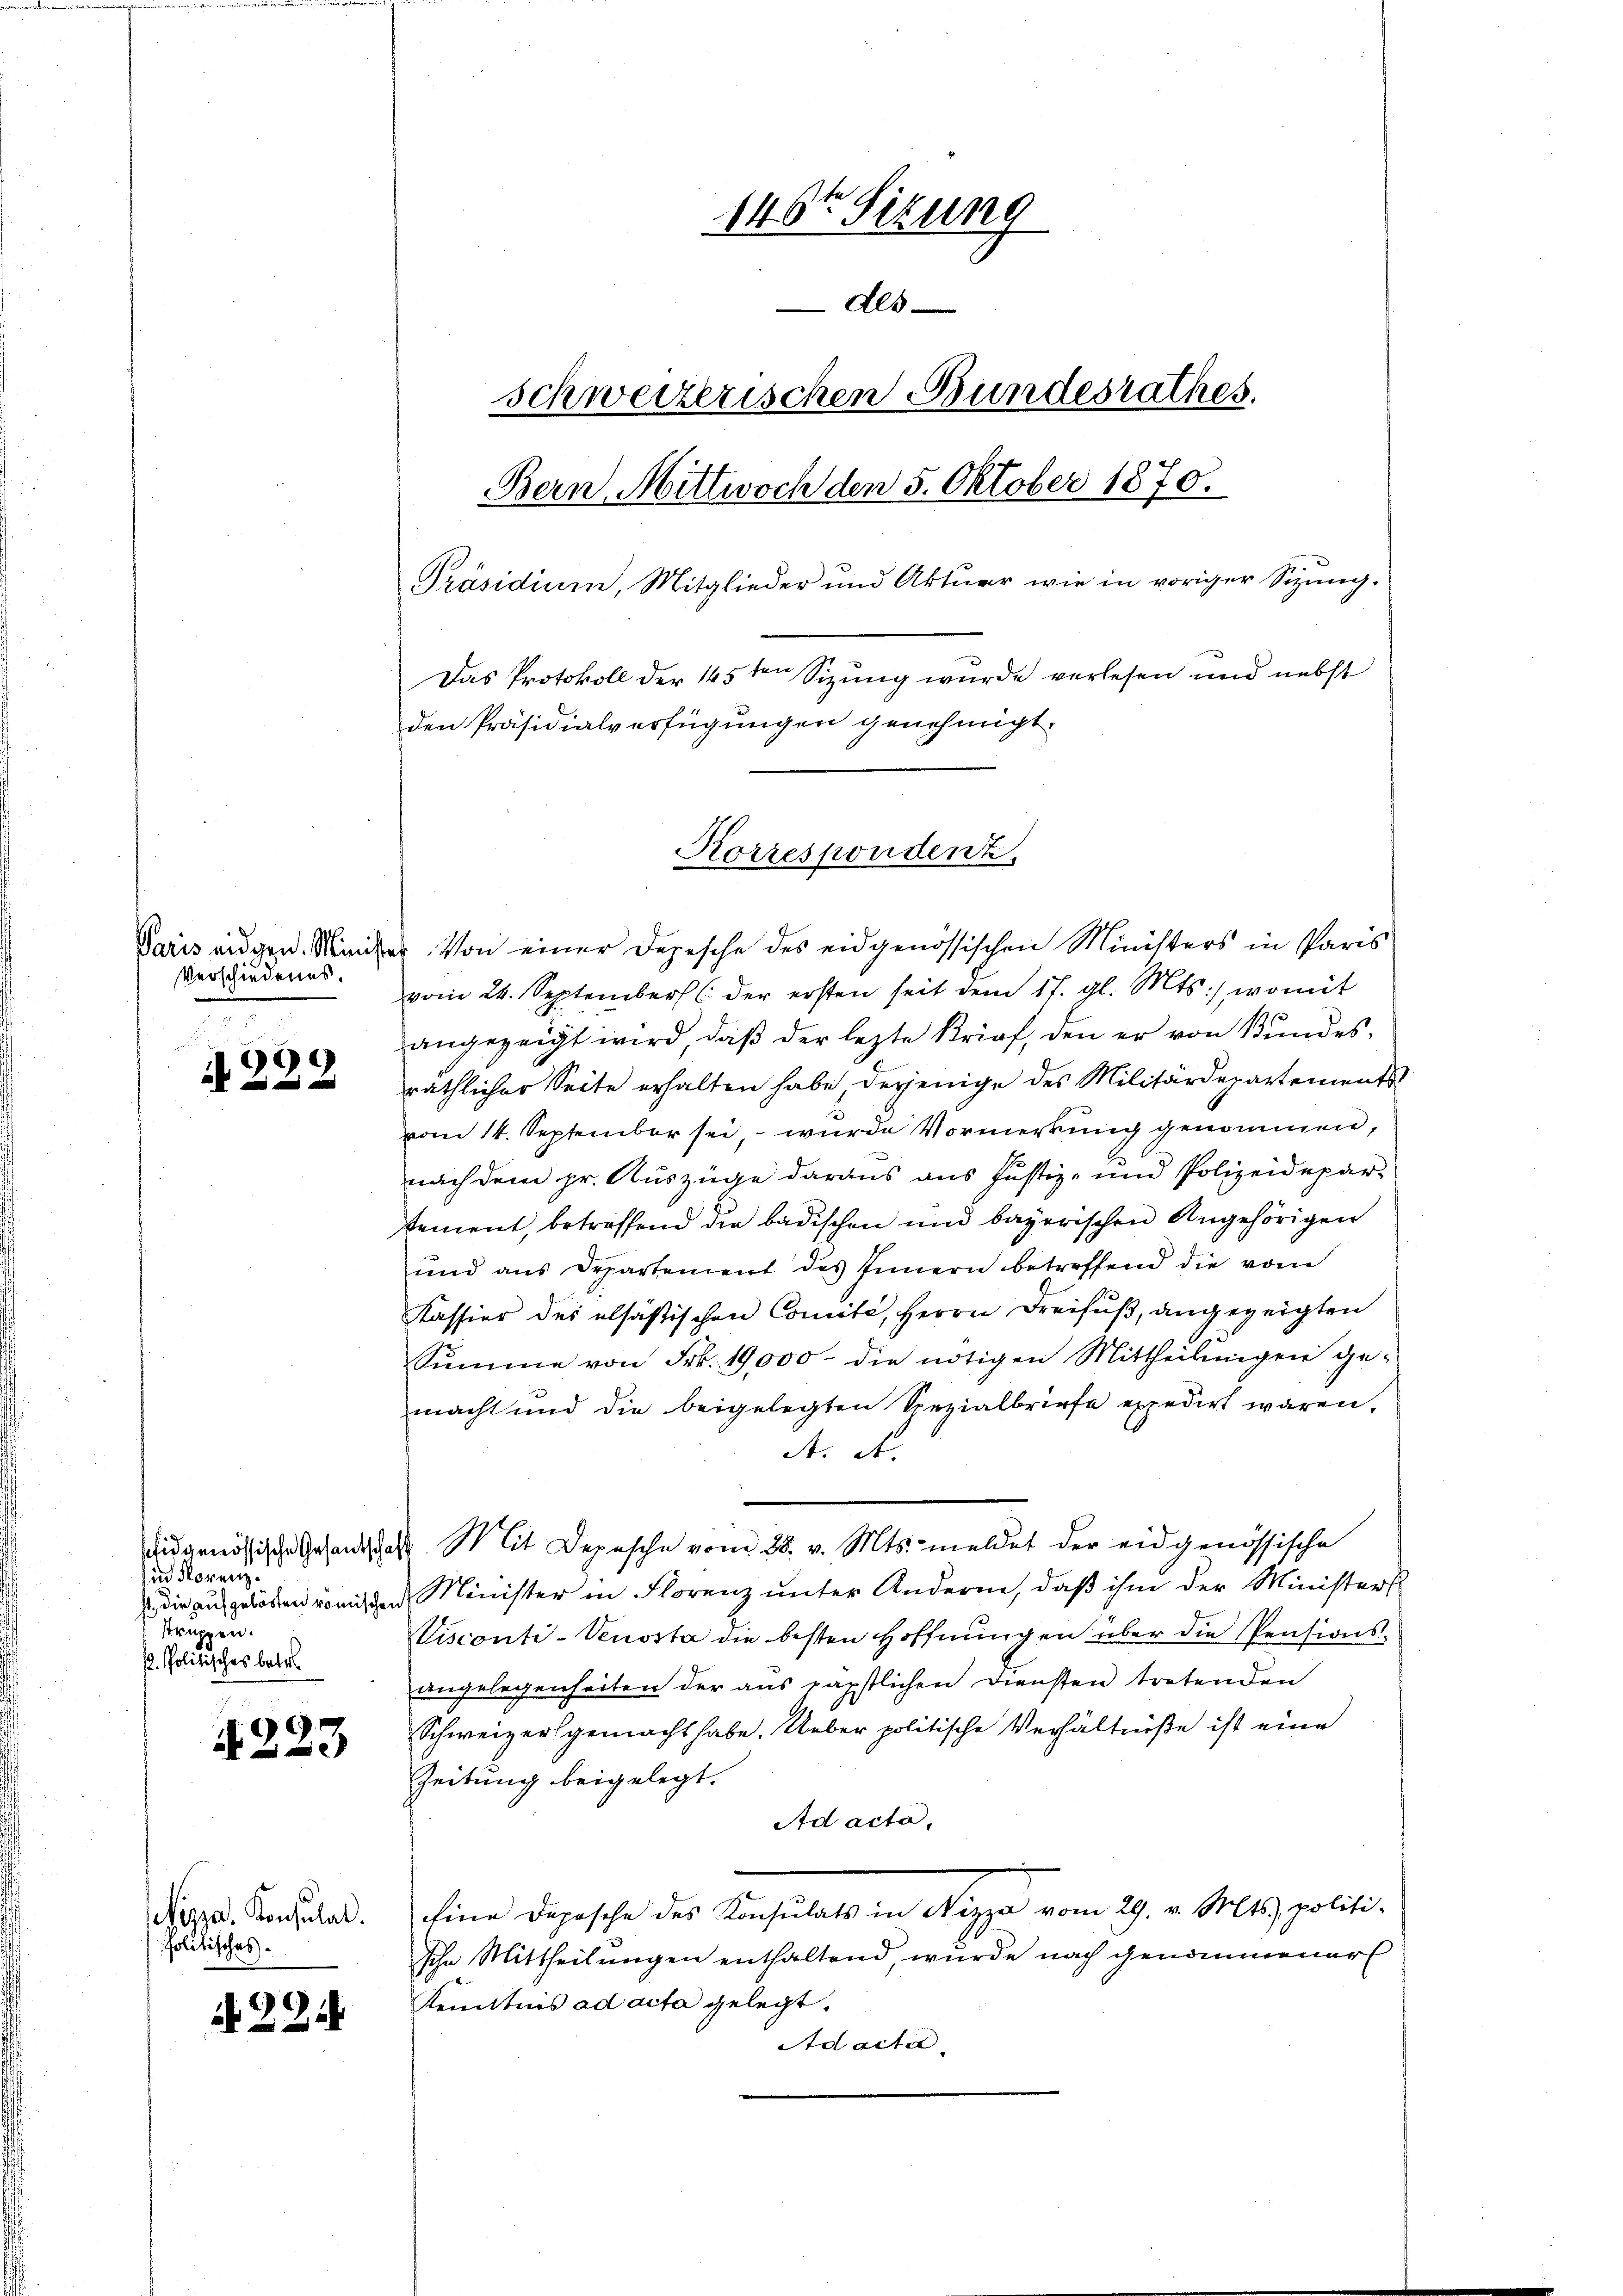
Verschiedenes.

N 222

in Norenz.
struppen.
. Politisches betr.

¬
x

Politisches.

it. 224

146ten Sizung
Als
schweizerischen Bundesrathes.
Bern, Mittwoch den 5. Oktober 1870.
Präsidium, Mitglieder und Aktuar wie in voriger Sizung.
Das Protokoll der 145ten Sizung wurde verlesen und nebst
den Präsidialverfügungen genehmigt.

Paris augen. Mancher von einer Depesche des eidgenössischen Ministers in Paris
vom 24. September 6 der ersten seit dem 17. gl. Mts., womit
angezeigt wird, daß der lezte Brief, den er von Bundes,
räthlicher Seite erhalten habe, derjenige des Militärdepartements-
vom 14. September sei, wurde Vormerkung genommen,
nach dem pr. Auszüge daraus aus Justiz- und Polizeidepar-
tement, betreffend die badischen und bayerischen Angehörigen
und ans Departement des Innern betreffend die vom
Kassier des elsastischen Comité, Herrn Dreifuß, angezeigten
Sŭmme von Frk. 19,000 die nötigen Mittheilŭngen ge-
macht und die beigelegten Spezialbriefe expedirt waren.
A. A.
du genössische Gesandtschaft Mit Depesche vom 28. v. Mts. meldet der eidgenössische
. die aufgelösen womitten Minister in Florenz unter Andere, daß ihm der Ministers
isconti-Venosta die besten Hoffnungen über die Pensions-
angelegenheiten der aus päpstlichen Diensten tretenden
Schweizersgemacht habe. Ueber politische Verhältniße ist eine
Zeitung beigelegt.
Ad acta,
Piper. Sonstad. Eine Depesche des Konsulats in Nizza vom 29. v. Mts. politi-
sche Mittheilungen enthaltend, wurde nach genommener
Kenntnis ad acta gelegt.
Ad acta

Korrespondenz.